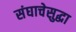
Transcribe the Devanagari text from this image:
संघाचेसुद्धा